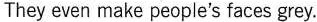
They even make people's faces grey.